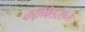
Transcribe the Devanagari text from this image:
कॉन्फिडरेशन्स